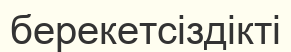
берекетсіздікті